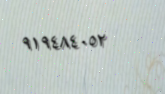
٩١٩٤٨٤٠٥٢